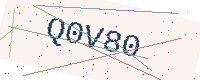
Text: Q0V80